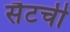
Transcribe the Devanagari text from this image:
सैटची